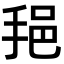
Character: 𫼷